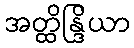
အတ္ထိန္ဒြိယာ